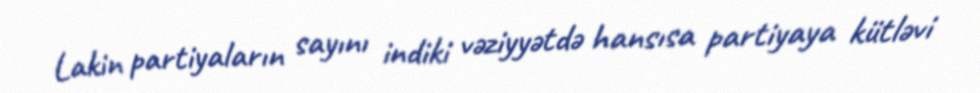
Lakin partiyaların sayını indiki vəziyyətdə hansısa partiyaya kütləvi